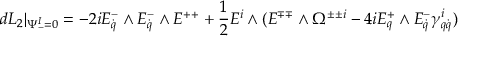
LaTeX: d { \cal L } _ { 2 } \vert _ { \Psi _ { - } ^ { I } = 0 } = - 2 i E _ { \dot { q } } ^ { - } \wedge E _ { \dot { q } } ^ { - } \wedge E ^ { + + } + { \frac { 1 } { 2 } } E ^ { i } \wedge ( E ^ { \mp \mp } \wedge \Omega ^ { \pm \pm i } - 4 i E _ { q } ^ { + } \wedge E _ { \dot { q } } ^ { - } \gamma _ { q \dot { q } } ^ { i } )